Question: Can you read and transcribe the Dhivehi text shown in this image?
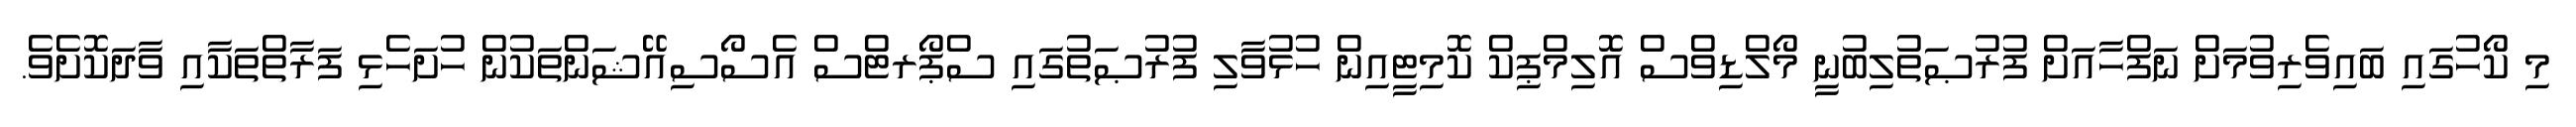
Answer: މި ކޯހުގައި ބައިވެރިވުމަށް ނަފްހާއަށް ފުރުޞަތުލިބުނީ މޯލްޑިވްސް އޮލިމްޕިކް ކޮމިޓީއިން ހުޅުވާލި ފުރުޞަތުގައި ސްޕޯރޓްސް އެސޯސިއޭޝަންތަކުން ހުށަހެޅި ފަރާތްތަކާއި ވާދަކޮށެވެ.